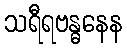
သရီရဗန္ဓနေန